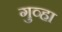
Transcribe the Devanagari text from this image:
गुव्हा